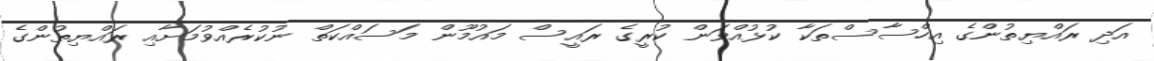
އަދި ރައްޔިތުންގެ އިހްސާސްތަކާ ކުޅުއްވަން ކުރީގެ ރައީސް މައުމޫން މަސައްކަތް ނުކުރެއްވުމަށާއި ރައްޔިތުންގެ